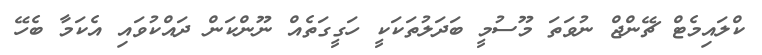
ކްލައިމެޓް ޗޭންޖް ނުވަތަ މޫސުމީ ބަދަލުތަކަކީ ހަގީގަތެއް ނޫންކަން ދައްކުވައި އެކަމާ ބެހޭ